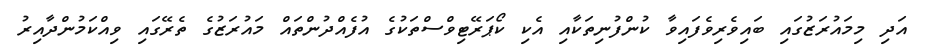
އަދި މިމައުރަޒުގައި ބައިވެރިވެފައިވާ ކުންފުނިތަކާއި އެކި ކޯޕަރޭޓިވްސްތަކުގެ އުފެއްދުންތައް މައުރަޒުގެ ތެރޭގައި ވިއްކަމުންދާއިރު